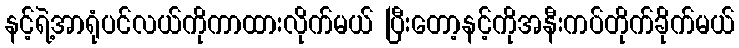
နင့်ရဲ့အာရုံပင်လယ်ကိုကာထားလိုက်မယ် ပြီးတော့နင့်ကိုအနီးကပ်တိုက်ခိုက်မယ်